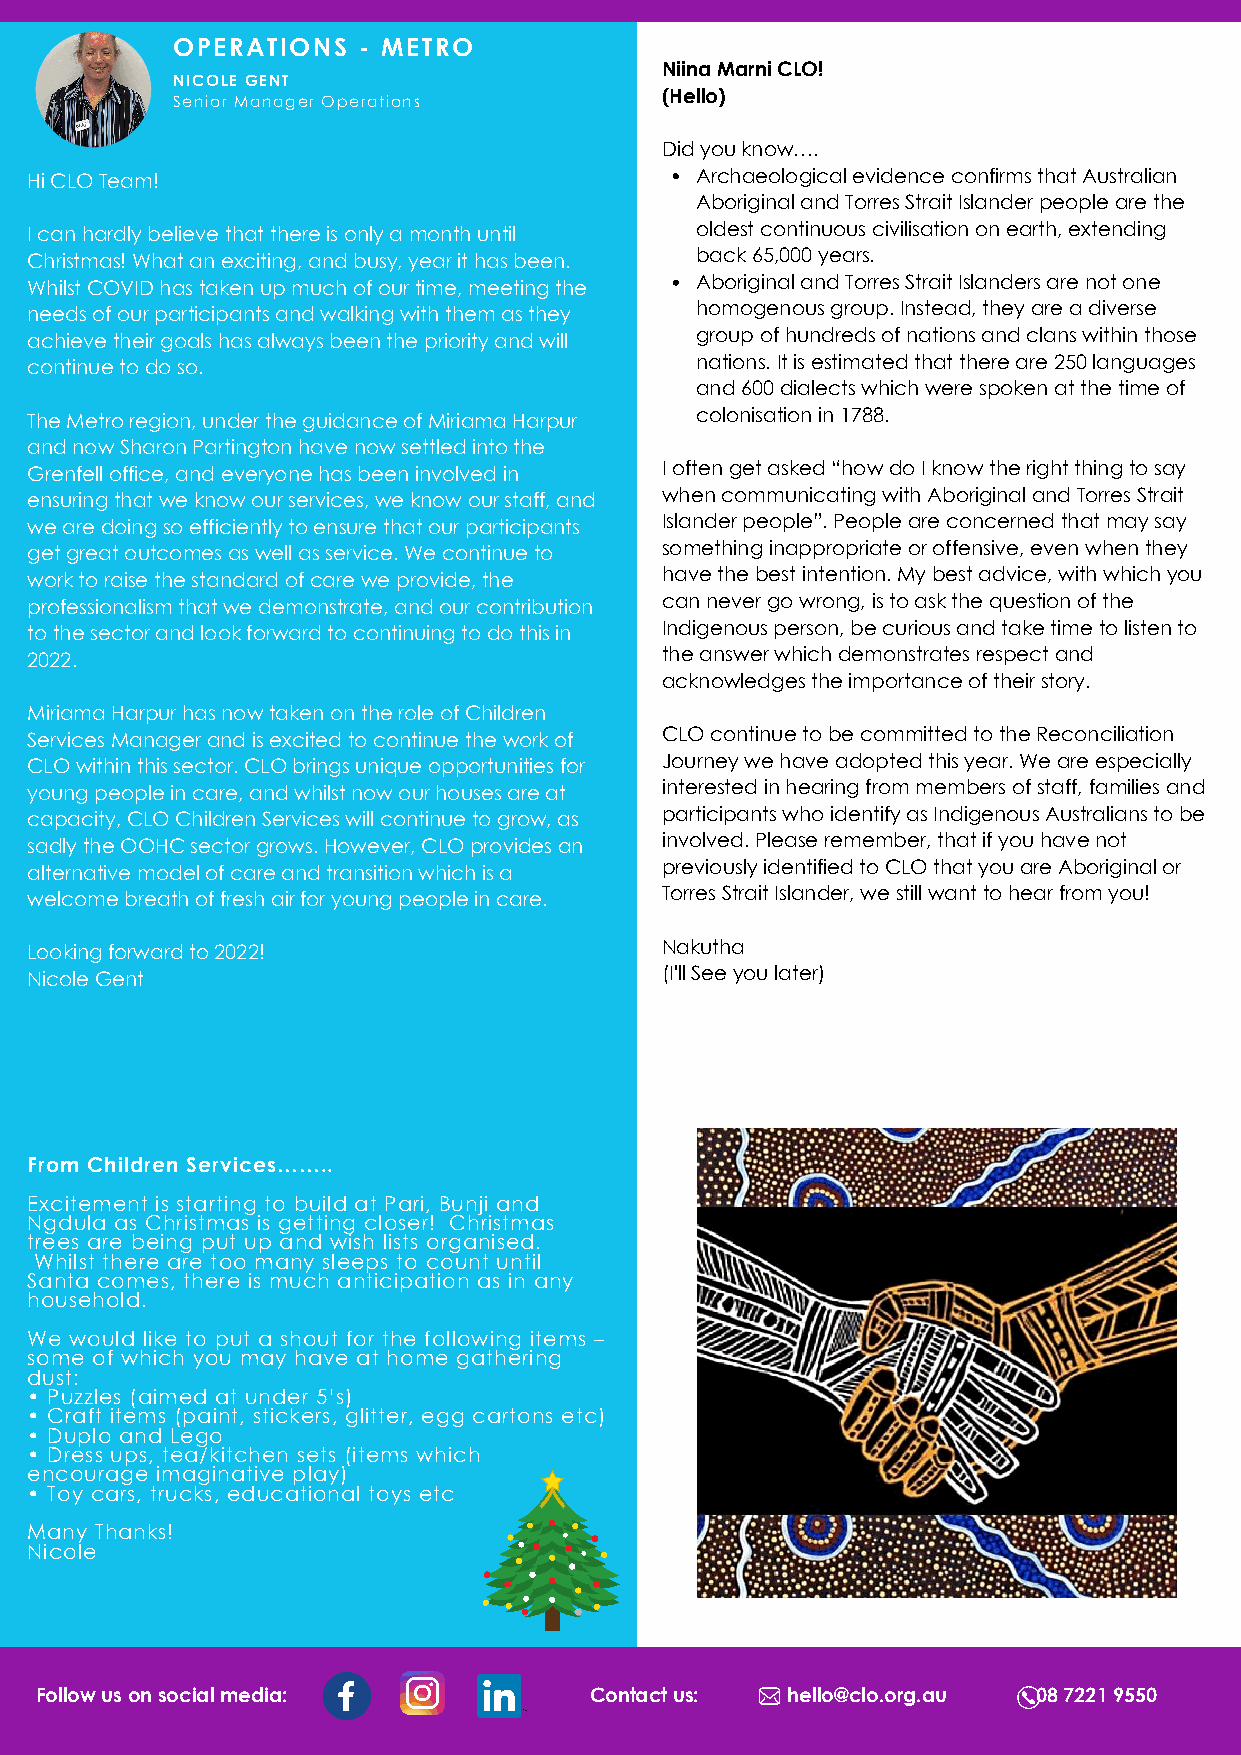
PEOPLE AND CULTURE
 OPERATIONS   - METRO
 Niina Marni CLO!
 NICOLE GENT
 (Hello)
 Senior Manager Operations
 Did you know….
 Hi CLO Team!                                Archaeological evidence confirms that Australian
 Aboriginal and Torres Strait Islander people are the
 I can hardly believe that there is only a month until oldest continuous civilisation on earth, extending
 Christmas! What an exciting, and busy, year it has been. back 65,000 years.
 Whilst COVID has taken up much of our time, meeting the Aboriginal and Torres Strait Islanders are not one
 needs of our participants and walking with them as they homogenous group. Instead, they are a diverse
 achieve their goals has always been the priority and will group of hundreds of nations and clans within those
 continue to do so.                          nations. It is estimated that there are 250 languages
 and 600 dialects which were spoken at the time of
 The Metro region, under the guidance of Miriama Harpur colonisation in 1788.
 and now Sharon Partington have now settled into the
 Grenfell office, and everyone has been involved in I often get asked “how do I know the right thing to say
 ensuring that we know our services, we know our staff, and when communicating with Aboriginal and Torres Strait
 we are doing so efficiently to ensure that our participants Islander people”. People are concerned that may say
 get great outcomes as well as service. We continue to something inappropriate or offensive, even when they
 work to raise the standard of care we provide, the have the best intention. My best advice, with which you
 professionalism that we demonstrate, and our contribution can never go wrong, is to ask the question of the
 to the sector and look forward to continuing to do this in Indigenous person, be curious and take time to listen to
 2022.                                     the answer which demonstrates respect and
 acknowledges the importance of their story.
 Miriama Harpur has now taken on the role of Children
 Services Manager and is excited to continue the work of CLO continue to be committed to the Reconciliation
 CLO within this sector. CLO brings unique opportunities for Journey we have adopted this year. We are especially
 young people in care, and whilst now our houses are at interested in hearing from members of staff, families and
 capacity, CLO Children Services will continue to grow, as participants who identify as Indigenous Australians to be
 sadly the OOHC sector grows. However, CLO provides an involved. Please remember, that if you have not
 alternative model of care and transition which is a previously identified to CLO that you are Aboriginal or
 welcome breath of fresh air for young people in care. Torres Strait Islander, we still want to hear from you!
 Looking forward to 2022!                  Nakutha
 Nicole Gent                               (I'll See you later)
 From Children Services……..
 Excitement is starting to build at Pari, Bunji and
 Ngdula as Christmas is getting closer! Christmas
 trees are being put up and wish lists organised.
 Whilst there are too many sleeps to count until
 Santa comes, there is much anticipation as in any
 household.
 We would like to put a shout for the following items –
 some of which you may have at home gathering
 dust:
 • Puzzles (aimed at under 5’s)
 • Craft items (paint, stickers, glitter, egg cartons etc)
 • Duplo and Lego
 • Dress ups, tea/kitchen sets (items which
 encourage imaginative play)
 • Toy cars, trucks, educational toys etc
 Many Thanks!
 Nicole
 Follow us on social media:           Contact us:  hello@clo.org.au 08 7221 9550